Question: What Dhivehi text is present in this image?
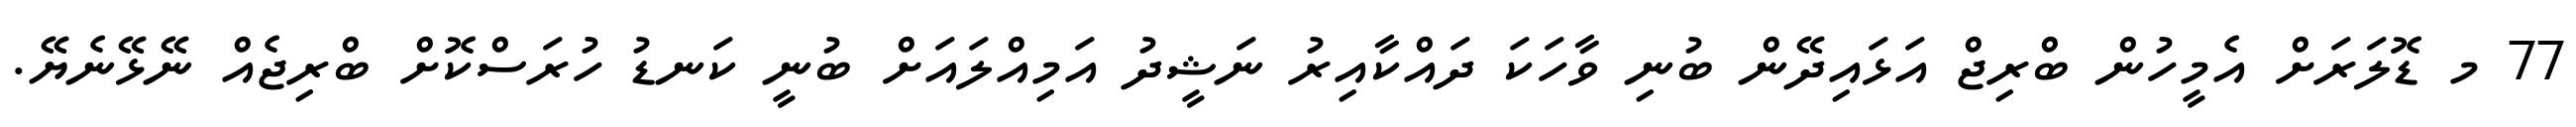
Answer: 77 މ ޑޮލަރަށް އެމީހުން ބްރިޖް އަޅައިދޭން ބުނި ވާހަކަ ދައްކާއިރު ނަޝީދު އަމިއްލައަށް ބުނީ ކަނޑު ހުރަސްކޮށް ބްރިޖެއް ނޭޅޭނެޔޭ.